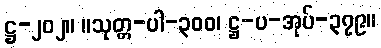
ဋ္ဌ-၂၀၂။ ။သုတ္တ-ပါ-၃၀၀၊ ဋ္ဌ-ပ-အုပ်-၃၇၉။